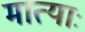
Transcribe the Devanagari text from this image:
मात्याः